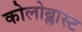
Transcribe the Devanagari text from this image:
कोलोब्लास्ट